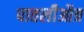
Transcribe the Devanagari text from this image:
पातलीऔत्र